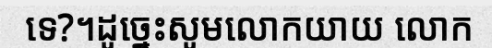
ទេ?។ដូច្នេះសូមលោកយាយ លោក